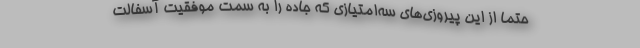
حتماً از این پیروزی‌های سه‌امتیازی که جاده را به سمت موفقیت آسفالت